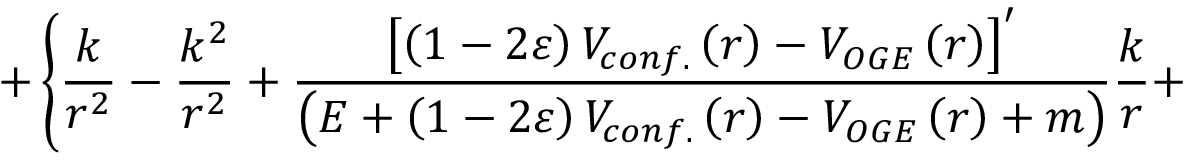
+ \left\{ \frac { k } { r ^ { 2 } } - \frac { k ^ { 2 } } { r ^ { 2 } } + \frac { \left[ \left( 1 - 2 \varepsilon \right) V _ { c o n f . } \left( r \right) - V _ { O G E } \left( r \right) \right] ^ { \prime } } { \left( E + \left( 1 - 2 \varepsilon \right) V _ { c o n f . } \left( r \right) - V _ { O G E } \left( r \right) + m \right) } \frac { k } { r } + \right.